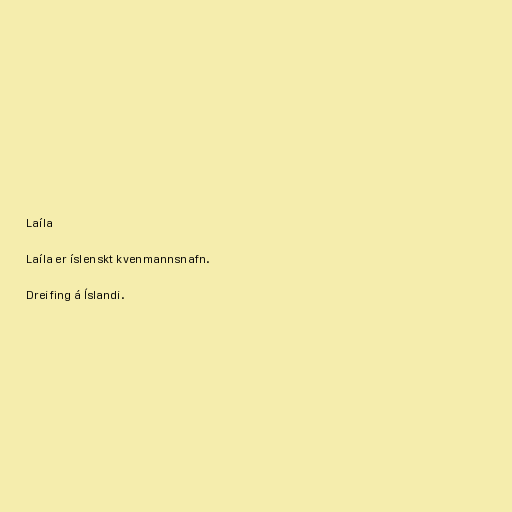
Laíla

Laíla er íslenskt kvenmannsnafn.

Dreifing á Íslandi.